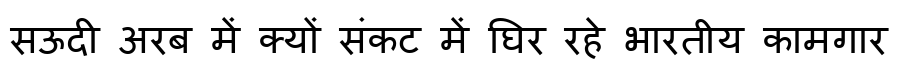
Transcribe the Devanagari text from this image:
सऊदी अरब में क्यों संकट में घिर रहे भारतीय कामगार